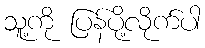
သူ့ကို ပြန်ပို့လိုက်ပါ